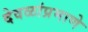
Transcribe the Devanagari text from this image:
देवळांप्रमाणे